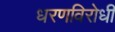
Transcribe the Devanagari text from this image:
धरणविरोधी